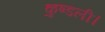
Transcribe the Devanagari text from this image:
कुण्डली।